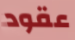
عقود